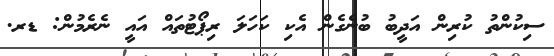
ސިކުންތު ކުރިން އަދީބު ބުނެގެން އެކި ކަހަލަ ރިޕޯޓުތައް އައީ ނެރެމުން: ޑރ.